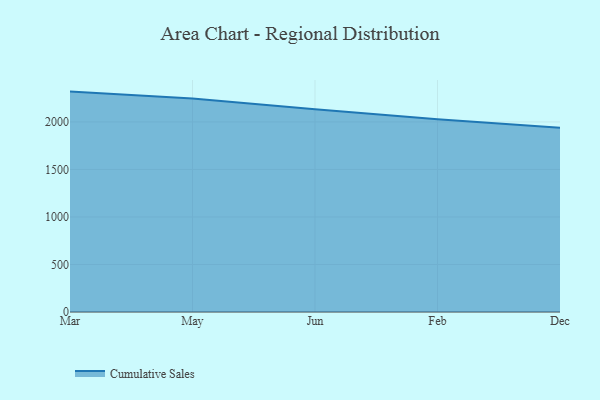
{"axis": {"x": "Month", "y": "Budget (USD K)"}, "legend": ["Cumulative Sales"], "data": [{"x": "Mar", "y": 2319.1, "type": "Cumulative Sales"}, {"x": "May", "y": 2246.4, "type": "Cumulative Sales"}, {"x": "Jun", "y": 2132.4, "type": "Cumulative Sales"}, {"x": "Feb", "y": 2027.4, "type": "Cumulative Sales"}, {"x": "Dec", "y": 1938.5, "type": "Cumulative Sales"}]}